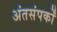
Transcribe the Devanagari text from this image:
अंतसंपर्कों